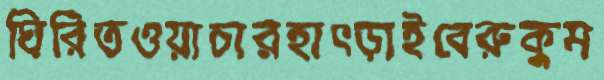
ঘিরিতওয়াচারহাৎড়াইবেরুকুম